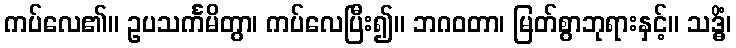
ကပ်လေ၏။ ဥပသင်္ကမိတွာ၊ ကပ်လေပြီး၍။ ဘဂဝတာ၊ မြတ်စွာဘုရားနှင့်။ သဒ္ဓိံ၊